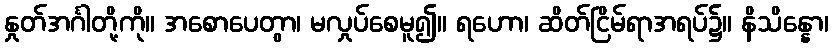
နှုတ်အင်္ဂါတို့ကို။ အစောပေတွာ၊ မလှုပ်စေမူ၍။ ရဟော၊ ဆိတ်ငြိမ်ရာအရပ်၌။ နိသိန္နော၊